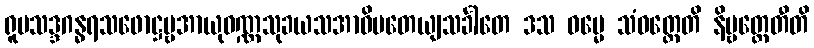
ရူပသဒ္ဒဂန္ဓရသဖောဋ္ဌဗ္ဗအာယုဝဏ္ဏသုခယသအာဓိပတေယျသင်္ခါတေ ဒသ ဓမ္မေ သံဝတ္တေတိ နိဗ္ဗတ္တေတီတိ